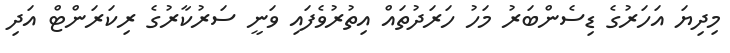
މިދިޔަ އަހަރުގެ ޑިސެންބަރު މަހު ހަރަދުތައް އިތުރުވެފައި ވަނީ ސަރުކާރުގެ ރިކަރަންޓް އަދި